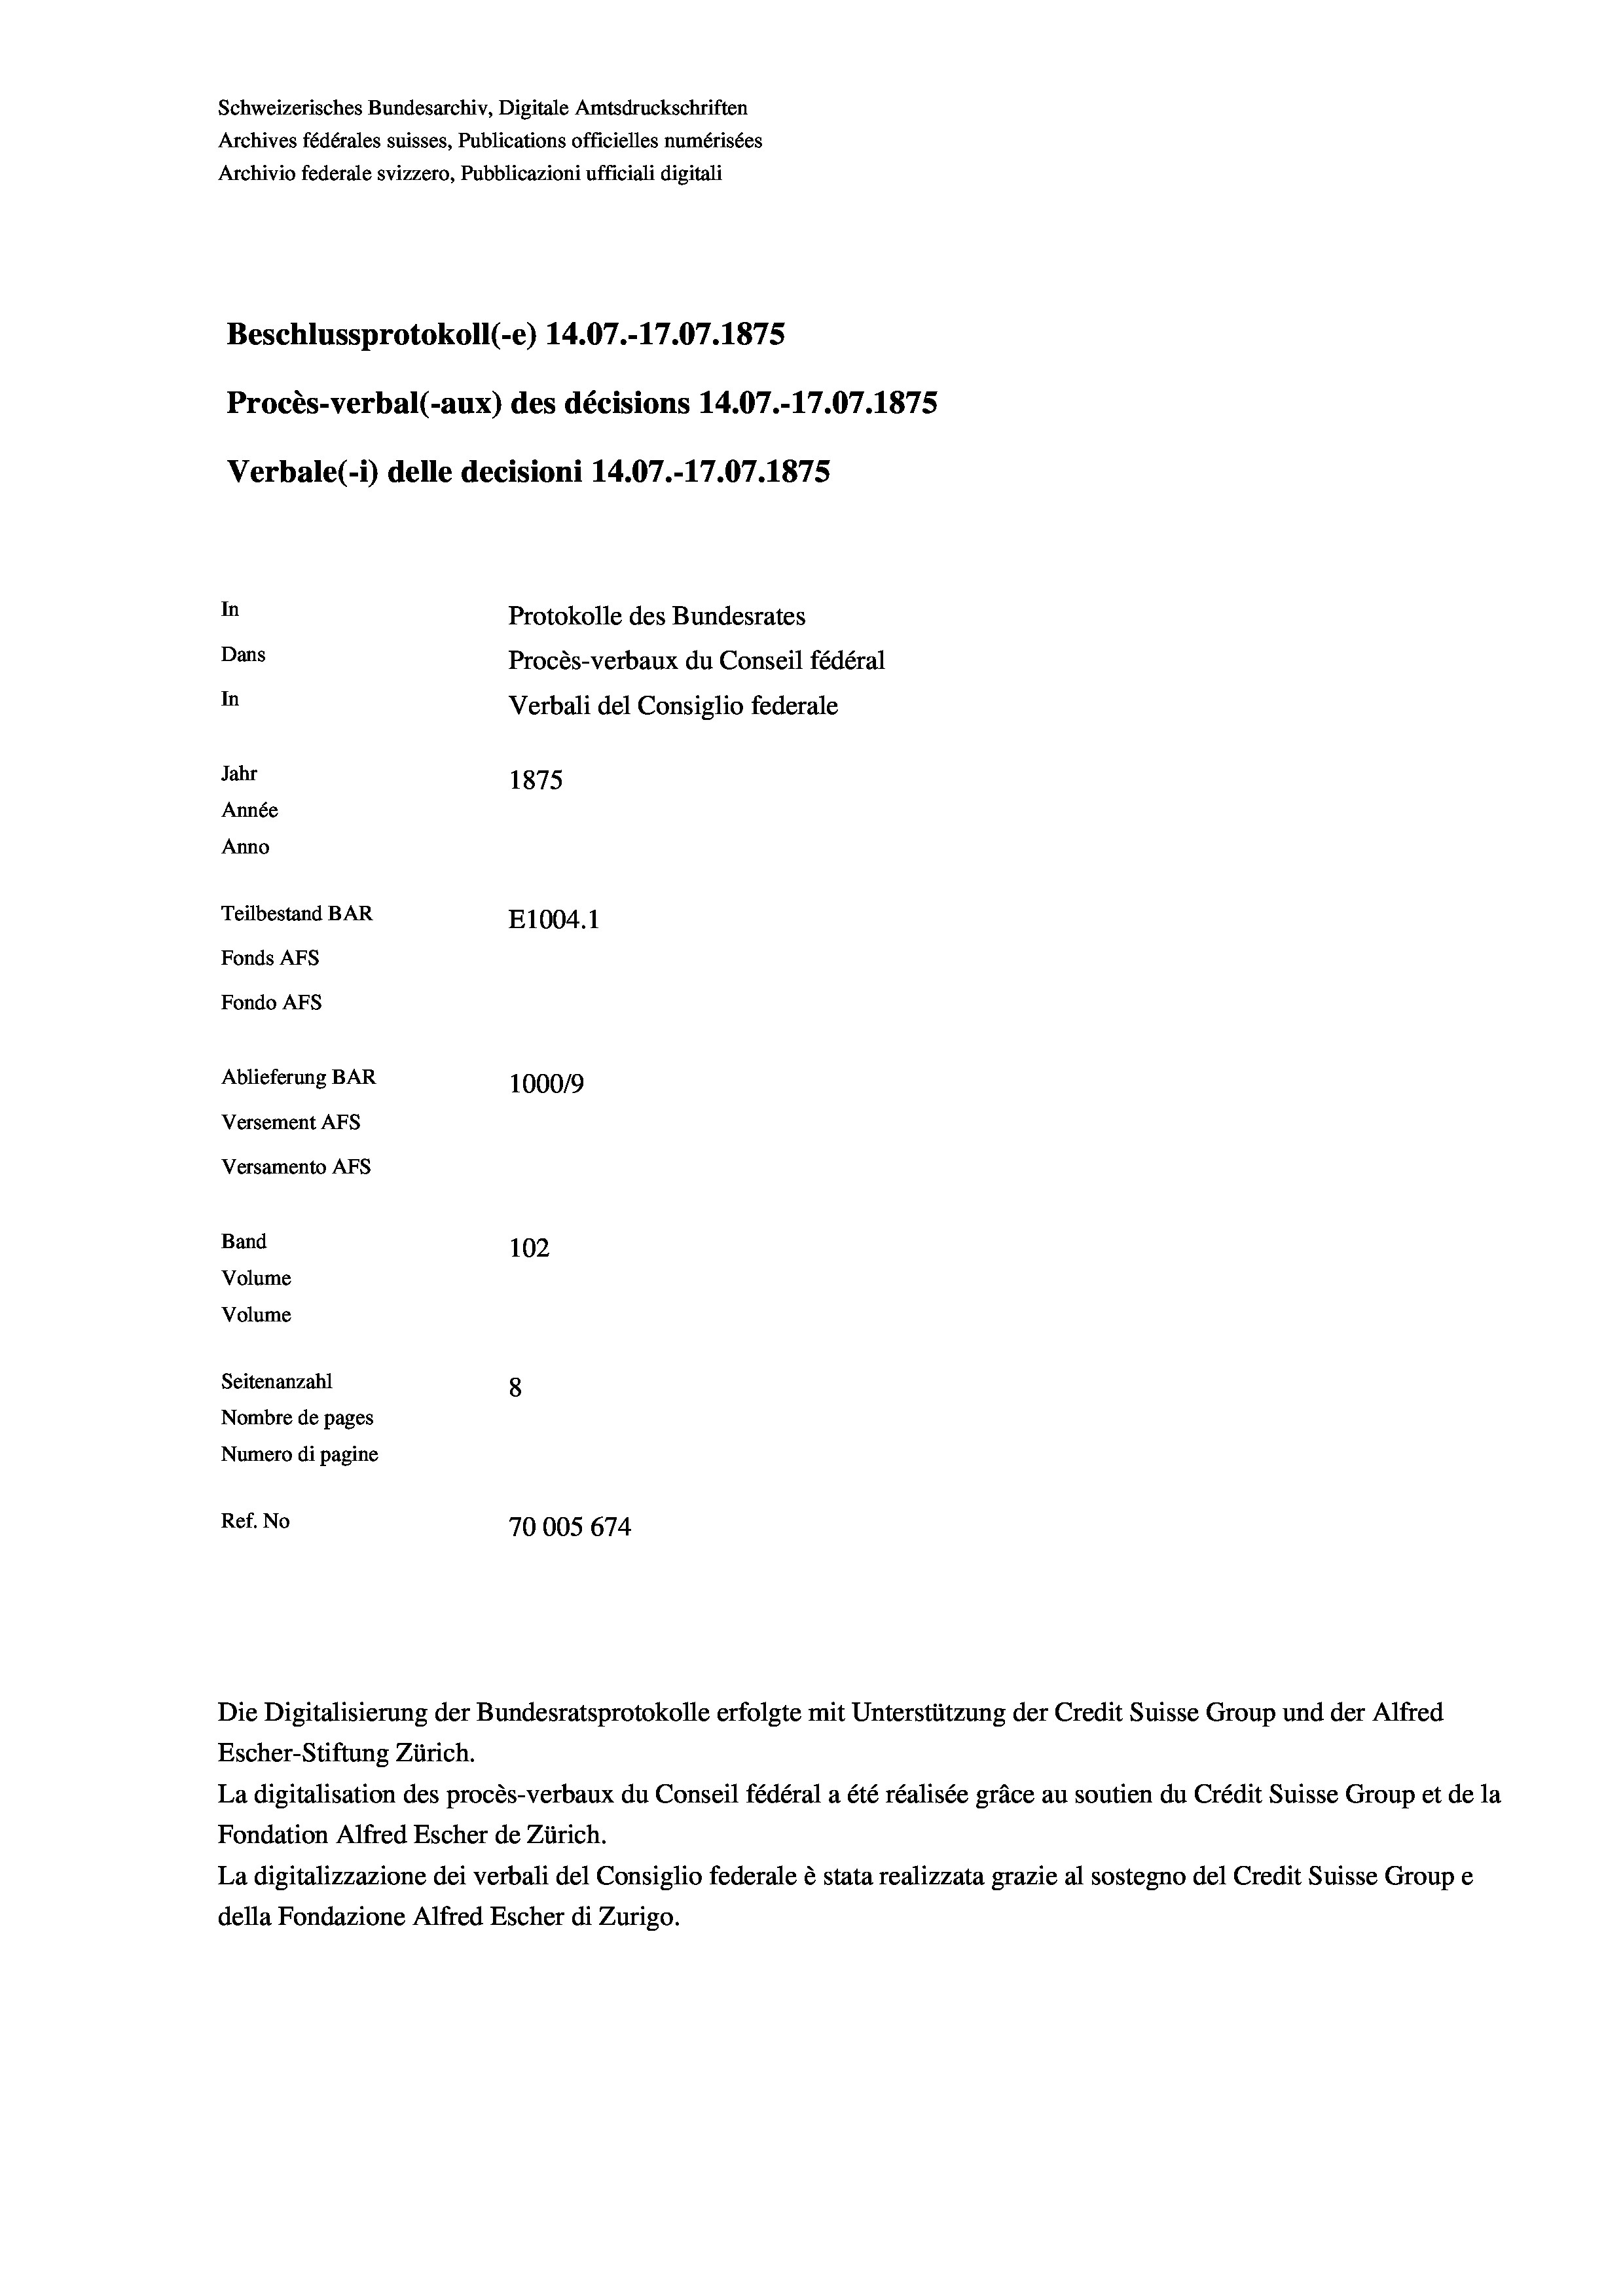
Schweizerisches Bundesarchiv, Digitale Amtsdruckschriften
Archives fédérales suisses, Publications officielles numérisées
Archivio federale svizzero, Pubblicazioni ufficiali digitali

Beschlussprotokoll (-e) 14.07.-17.07. 1875
Procès-verbal (-aux) des décisions 14.07.-17.07.1875
Verbale (- 1) delle decisioni 14.07.-17.07. 1875
In
Protokolle des Bundesrates
Dans
Procès-verbaux du Conseil fédéral
In
Verbali del Consiglio federale
Jahr
1875
Année
Anno
Teilbestand BAR
E1004.1
Fonds AFs
Fondo AFs
Ablieferung BAR
100019
Versement AFs
Versamento Afs
Band
102
Volume
Volume

Seitenanzahl
8
Nombre de pages
Numero di pagine
Ref. No
70005 674

Die Digitalisierung der Bundesratsprotokolle erfolgte mit Unterstützung der Credit Suisse Group und der Alfred
Escher-Stiftung Zürich.
La digitalisation des procès-verbaux du Conseil fédéral a été réalisée gräce au soutien du Crédit Suisse Group et de la
Fondation Alfred Escher de Zürich.
La digitalizzazione dei verbali del Consiglio federale è stata realizzata grazie al sostegno del Credit Suisse Groupe
della Fondazione Alfred Escher di Zurigo.